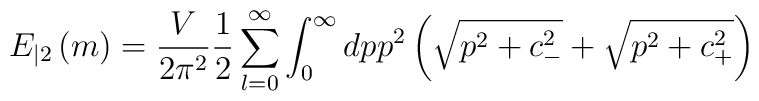
E_{|2}\left( m\right) =\frac V{2\pi ^2}\frac 12\sum_{l=0}^\infty\int_0^\infty dpp^2\left( \sqrt{p^2+c_{-}^2}+\sqrt{p^2+c_{+}^2}\right)